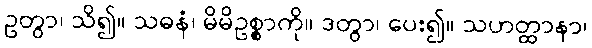
ဥတွာ၊ သိ၍။ သဓနံ၊ မိမိဥစ္စာကို။ ဒတွာ၊ ပေး၍။ သဟတ္ထာနာ၊